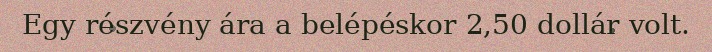
Egy részvény ára a belépéskor 2,50 dollár volt.